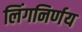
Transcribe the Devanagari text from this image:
लिंगनिर्णय